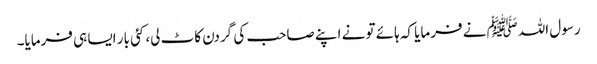
رسول اللہﷺ نے فرمایا کہ ہائے تو نے اپنے صاحب کی گردن کاٹ لی، کئی بار ایسا ہی فرمایا۔